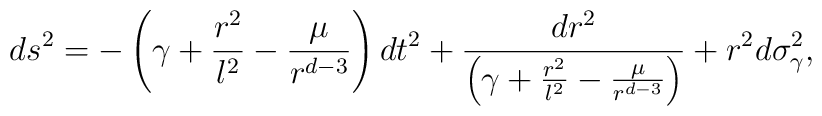
ds^{2} =-\left( \gamma +\frac{r^{2}}{l^{2}}-\frac{\mu }{r^{d-3}}\right) dt^{2}+\frac{dr^{2}}{\left( \gamma +\frac{r^{2}}{l^{2}}-\frac{\mu }{r^{d-3}}\right)} +r^{2}d\sigma_{\gamma }^{2},